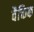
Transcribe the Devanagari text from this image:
वैक्तिक